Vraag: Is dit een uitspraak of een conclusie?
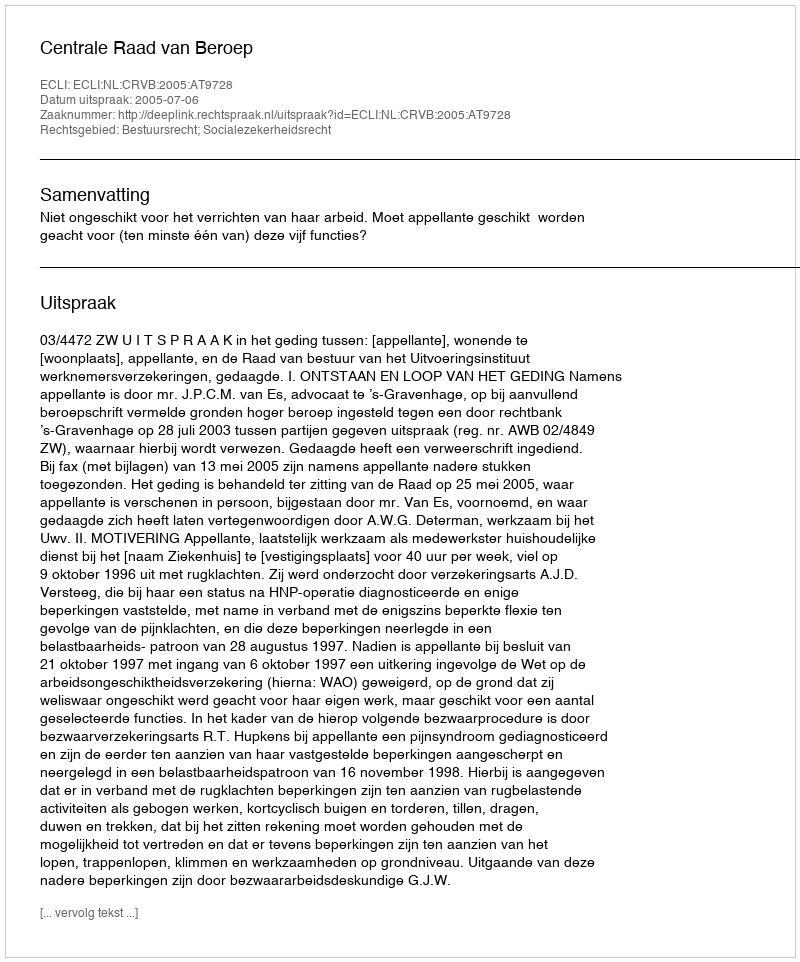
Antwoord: Uitspraak